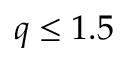
q \leq 1 . 5